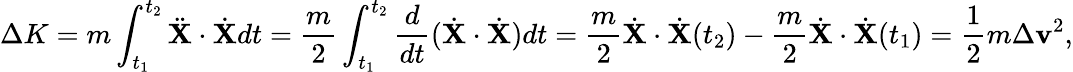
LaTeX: \Delta K=m\int_{t_{1}}^{t_{2}}{\ddot{\mathbf{X}}}\cdot{\dot{\mathbf{X}}}dt={\frac{m}{2}}\int_{t_{1}}^{t_{2}}{\frac{d}{dt}}({\dot{\mathbf{X}}}\cdot{\dot{\mathbf{X}}})dt={\frac{m}{2}}{\dot{\mathbf{X}}}\cdot{\dot{\mathbf{X}}}(t_{2})-{\frac{m}{2}}{\dot{\mathbf{X}}}\cdot{\dot{\mathbf{X}}}(t_{1})={\frac{1}{2}}m\Delta\mathbf{v}^{2},